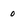
Character: 0